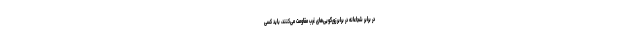
در برابر شجاعانه در برابر زورگویی‌های غرب مقاومت می‌کنند، باید کسی